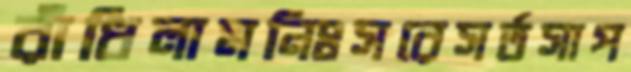
রাঁধিলামনিঃসরেসর্তসাপ